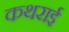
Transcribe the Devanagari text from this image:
कथराई